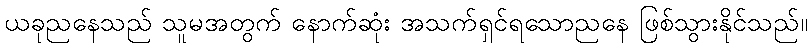
ယခုညနေသည် သူမအတွက် နောက်ဆုံး အသက်ရှင်ရသောညနေ ဖြစ်သွားနိုင်သည်။